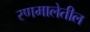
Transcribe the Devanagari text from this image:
रणमालेतील